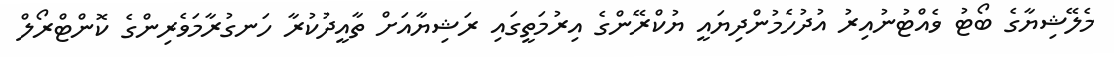
މެލޭޝިޔާގެ ބޯޓު ވެއްޓުނުއިރު އުދުހެމުންދިޔައީ ޔުކްރޭންގެ އިރުމަތީގައި ރަޝިޔާއަށް ތާއީދުކުރާ ހަނގުރާމަވެރިންގެ ކޮންޓްރޯލް